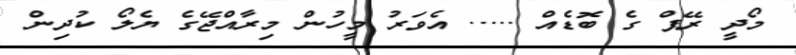
މޯދީ ރޭޕް ގެ ބޮޑެއް ..... އެވަރު މީހުން މިރާއްޖޭގެ ޔެލޯ ކުދިން